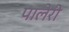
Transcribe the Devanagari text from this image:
पालेरी